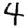
Digit: 4